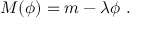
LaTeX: M ( \phi ) = m - \lambda \phi \ .